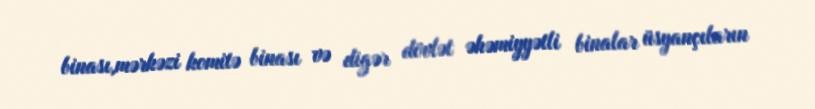
binası,mərkəzi komitə binası və digər dövlət əhəmiyyətli binalar üsyançıların